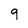
Character: 9